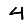
Digit: 4